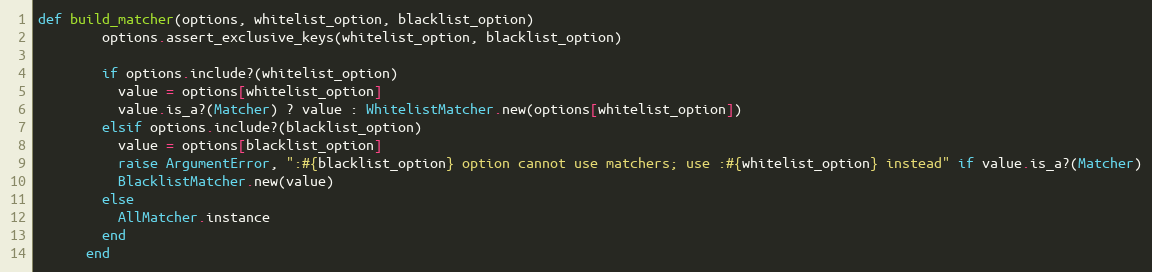
Language: Ruby
def build_matcher(options, whitelist_option, blacklist_option)
        options.assert_exclusive_keys(whitelist_option, blacklist_option)

        if options.include?(whitelist_option)
          value = options[whitelist_option]
          value.is_a?(Matcher) ? value : WhitelistMatcher.new(options[whitelist_option])
        elsif options.include?(blacklist_option)
          value = options[blacklist_option]
          raise ArgumentError, ":#{blacklist_option} option cannot use matchers; use :#{whitelist_option} instead" if value.is_a?(Matcher)
          BlacklistMatcher.new(value)
        else
          AllMatcher.instance
        end
      end